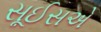
સૂઈસએ